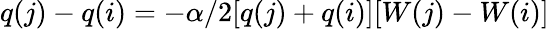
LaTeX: q(j)-q(i)=-\alpha/2[q(j)+q(i)][W(j)-W(i)]